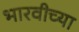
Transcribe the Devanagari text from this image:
भारवीच्या